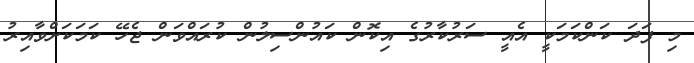
މި ފަދަ ކަންކަމަކީ އެއީ ސަރުކާރުގެ އިކޮން ކައުންސިލުން ކުރައްވަން ޖެހޭ ކަމަކަށްވާއިރު